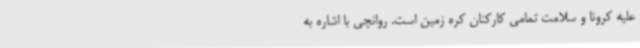
علیه کرونا و سلامت تمامی کارکنان کره زمین است. روانچی با اشاره به